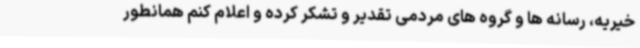
خیریه، رسانه ها و گروه های مردمی تقدیر و تشکر کرده و اعلام کنم همانطور